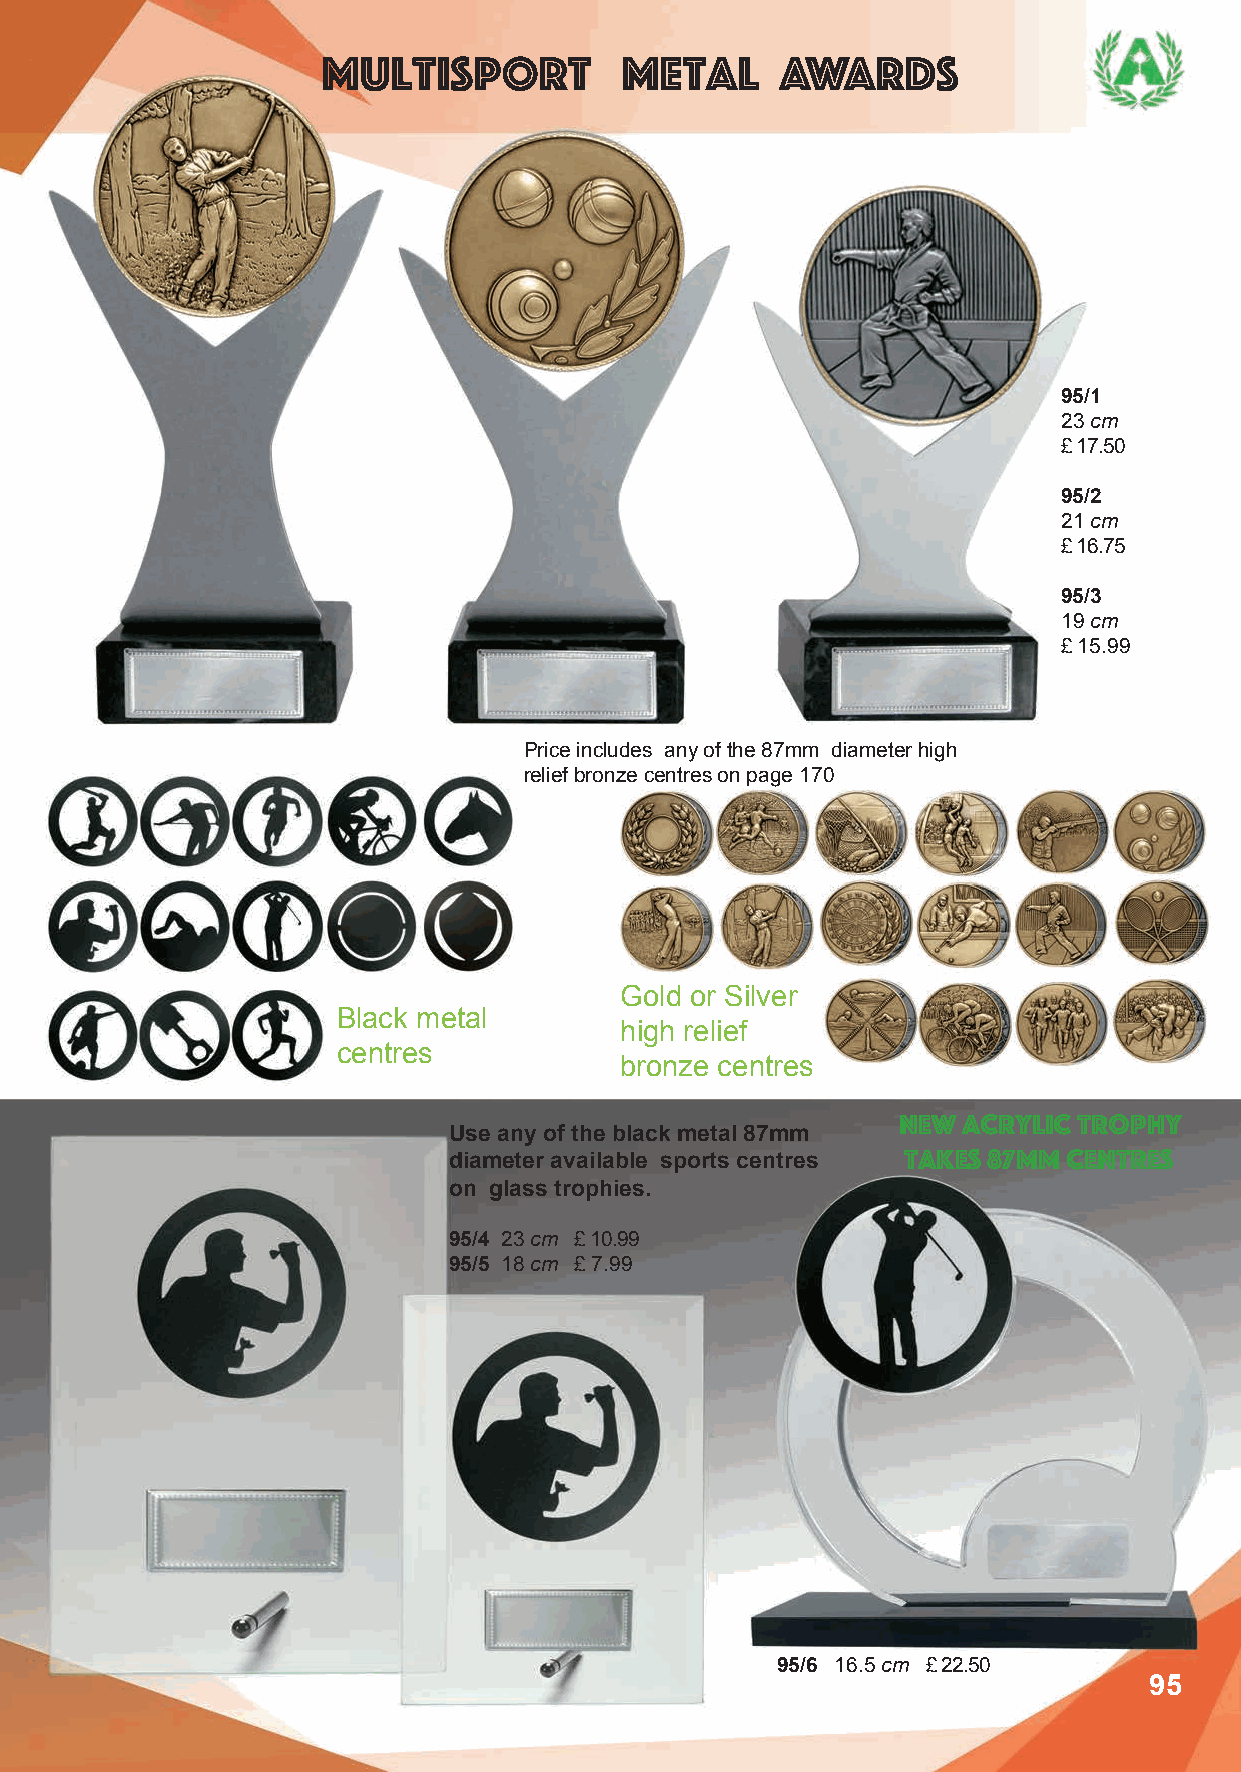
Multisport          Metal      Awards
 95/1
 23 cm
 £ 17.50
 95/2
 21 cm
 £ 16.75
 95/3
 19 cm
 £ 15.99
 Price includes any of the 87mm diameter high
 relief bronze centres on page 170
 Gold or Silver
 Black metal
 high relief
 centres
 bronze centres
 New  acrylic trophy
 Use any of the black metal 87mm
 takes 87mm centres
 diameter available sports centres
 on glass trophies.
 95/4 23 cm £ 10.99
 95/5 18 cm £ 7.99
 95/6 16.5 cm £ 22.50
 95